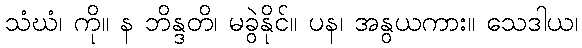
သံဃံ၊ ကို။ န ဘိန္ဒတိ၊ မခွဲနိုင်။ ပန၊ အနွယကား။ သေဒါယ၊